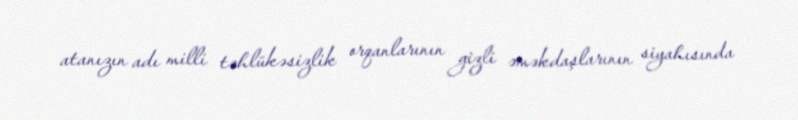
atanızın adı milli təhlükəsizlik orqanlarının gizli əməkdaşlarının siyahısında